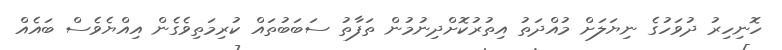
ހޮނިހިރު ދުވަހުގެ ނިޔަލަށް މުއްދަތު އިތުރުކޮށްދިނުމުން ތަފާތު ސަބަބުތައް ކުރިމަތިވެގެން އިއްޔެވެސް ބައެއް